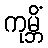
ကုမ္ဘိံ